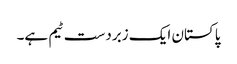
پاکستان ایک زبردست ٹیم ہے۔